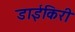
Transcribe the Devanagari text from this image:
डाईकिरी